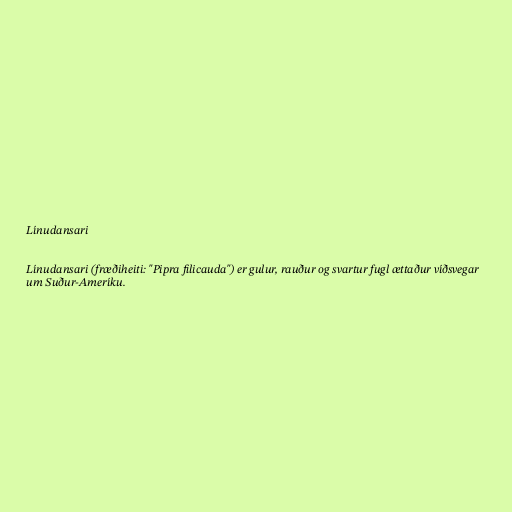
Línudansari

Línudansari (fræðiheiti: "Pipra filicauda") er gulur, rauður og svartur fugl ættaður víðsvegar
um Suður-Ameríku.